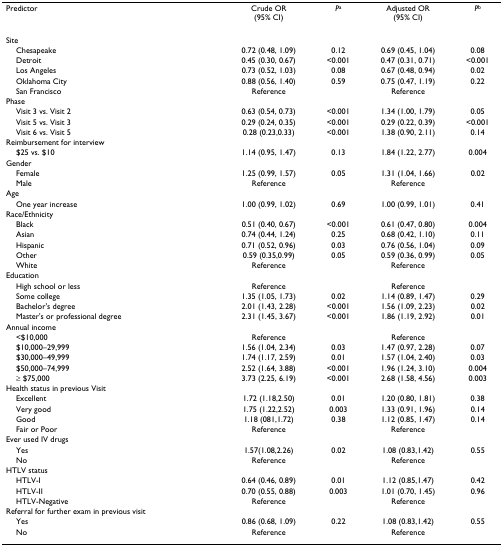
<table><thead><tr><td><b>Predictor</b></td><td><b>Crude OR(95% CI)</b></td><td><b><i>P</i><sup>a</sup></b></td><td><b>Adjusted OR(95% CI)</b></td><td><b><i>P</i><sup>b</sup></b></td></tr></thead><tbody><tr><td>Site</td><td></td><td></td><td></td><td></td></tr><tr><td> Chesapeake</td><td>0.72 (0.48, 1.09)</td><td>0.12</td><td>0.69 (0.45, 1.04)</td><td>0.08</td></tr><tr><td> Detroit</td><td>0.45 (0.30, 0.67)</td><td>&lt;0.001</td><td>0.47 (0.31, 0.71)</td><td>&lt;0.001</td></tr><tr><td> Los Angeles</td><td>0.73 (0.52, 1.03)</td><td>0.08</td><td>0.67 (0.48, 0.94)</td><td>0.02</td></tr><tr><td> Oklahoma City</td><td>0.88 (0.56, 1.40)</td><td>0.59</td><td>0.75 (0.47, 1.19)</td><td>0.22</td></tr><tr><td> San Francisco</td><td>Reference</td><td></td><td>Reference</td><td></td></tr><tr><td>Phase</td><td></td><td></td><td></td><td></td></tr><tr><td> Visit 3 vs. Visit 2</td><td>0.63 (0.54, 0.73)</td><td>&lt;0.001</td><td>1.34 (1.00, 1.79)</td><td>0.05</td></tr><tr><td> Visit 5 vs. Visit 3</td><td>0.29 (0.24, 0.35)</td><td>&lt;0.001</td><td>0.29 (0.22, 0.39)</td><td>&lt;0.001</td></tr><tr><td> Visit 6 vs. Visit 5</td><td>0.28 (0.23,0.33)</td><td>&lt;0.001</td><td>1.38 (0.90, 2.11)</td><td>0.14</td></tr><tr><td>Reimbursement for interview</td><td></td><td></td><td></td><td></td></tr><tr><td> $25 vs. $10</td><td>1.14 (0.95, 1.47)</td><td>0.13</td><td>1.84 (1.22, 2.77)</td><td>0.004</td></tr><tr><td>Gender</td><td></td><td></td><td></td><td></td></tr><tr><td> Female</td><td>1.25 (0.99, 1.57)</td><td>0.05</td><td>1.31 (1.04, 1.66)</td><td>0.02</td></tr><tr><td> Male</td><td>Reference</td><td></td><td>Reference</td><td></td></tr><tr><td>Age</td><td></td><td></td><td></td><td></td></tr><tr><td> One year increase</td><td>1.00 (0.99, 1.02)</td><td>0.69</td><td>1.00 (0.99, 1.01)</td><td>0.41</td></tr><tr><td>Race/Ethnicity</td><td></td><td></td><td></td><td></td></tr><tr><td> Black</td><td>0.51 (0.40, 0.67)</td><td>&lt;0.001</td><td>0.61 (0.47, 0.80)</td><td>0.004</td></tr><tr><td> Asian</td><td>0.74 (0.44, 1.24)</td><td>0.25</td><td>0.68 (0.42, 1.10)</td><td>0.11</td></tr><tr><td> Hispanic</td><td>0.71 (0.52, 0.96)</td><td>0.03</td><td>0.76 (0.56, 1.04)</td><td>0.09</td></tr><tr><td> Other</td><td>0.59 (0.35,0.99)</td><td>0.05</td><td>0.59 (0.36, 0.99)</td><td>0.05</td></tr><tr><td> White</td><td>Reference</td><td></td><td>Reference</td><td></td></tr><tr><td>Education</td><td></td><td></td><td></td><td></td></tr><tr><td> High school or less</td><td>Reference</td><td></td><td>Reference</td><td></td></tr><tr><td> Some college</td><td>1.35 (1.05, 1.73)</td><td>0.02</td><td>1.14 (0.89, 1.47)</td><td>0.29</td></tr><tr><td> Bachelor&#x27;s degree</td><td>2.01 (1.43, 2.28)</td><td>&lt;0.001</td><td>1.56 (1.09, 2.23)</td><td>0.02</td></tr><tr><td> Master&#x27;s or professional degree</td><td>2.31 (1.45, 3.67)</td><td>&lt;0.001</td><td>1.86 (1.19, 2.92)</td><td>0.01</td></tr><tr><td>Annual income</td><td></td><td></td><td></td><td></td></tr><tr><td> &lt;$10,000</td><td>Reference</td><td></td><td>Reference</td><td></td></tr><tr><td> $10,000–29,999</td><td>1.56 (1.04, 2.34)</td><td>0.03</td><td>1.47 (0.97, 2.28)</td><td>0.07</td></tr><tr><td> $30,000–49,999</td><td>1.74 (1.17, 2.59)</td><td>0.01</td><td>1.57 (1.04, 2.40)</td><td>0.03</td></tr><tr><td> $50,000–74,999</td><td>2.52 (1.64, 3.88)</td><td>&lt;0.001</td><td>1.96 (1.24, 3.10)</td><td>0.004</td></tr><tr><td> ≥ $75,000</td><td>3.73 (2.25, 6.19)</td><td>&lt;0.001</td><td>2.68 (1.58, 4.56)</td><td>0.003</td></tr><tr><td>Health status in previous Visit</td><td></td><td></td><td></td><td></td></tr><tr><td> Excellent</td><td>1.72 (1.18,2.50)</td><td>0.01</td><td>1.20 (0.80, 1.81)</td><td>0.38</td></tr><tr><td> Very good</td><td>1.75 (1.22,2.52)</td><td>0.003</td><td>1.33 (0.91, 1.96)</td><td>0.14</td></tr><tr><td> Good</td><td>1.18 (081,1.72)</td><td>0.38</td><td>1.12 (0.85, 1.47)</td><td>0.14</td></tr><tr><td> Fair or Poor</td><td>Reference</td><td></td><td>Reference</td><td></td></tr><tr><td>Ever used IV drugs</td><td></td><td></td><td></td><td></td></tr><tr><td> Yes</td><td>1.57(1.08,2.26)</td><td>0.02</td><td>1.08 (0.83,1.42)</td><td>0.55</td></tr><tr><td> No</td><td>Reference</td><td></td><td>Reference</td><td></td></tr><tr><td>HTLV status</td><td></td><td></td><td></td><td></td></tr><tr><td> HTLV-I</td><td>0.64 (0.46, 0.89)</td><td>0.01</td><td>1.12 (0.85,1.47)</td><td>0.42</td></tr><tr><td> HTLV-II</td><td>0.70 (0.55, 0.88)</td><td>0.003</td><td>1.01 (0.70, 1.45)</td><td>0.96</td></tr><tr><td> HTLV-Negative</td><td>Reference</td><td></td><td>Reference</td><td></td></tr><tr><td>Referral for further exam in previous visit</td><td></td><td></td><td></td><td></td></tr><tr><td> Yes</td><td>0.86 (0.68, 1.09)</td><td>0.22</td><td>1.08 (0.83,1.42)</td><td>0.55</td></tr><tr><td> No</td><td>Reference</td><td></td><td>Reference</td><td></td></tr></tbody></table>